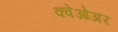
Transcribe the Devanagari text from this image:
क्वेओअर